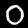
Digit: 0